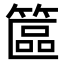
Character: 𥱸